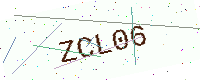
Text: ZCL06